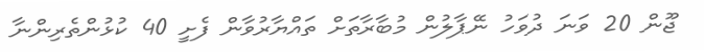
ޖޫން 20 ވަނަ ދުވަހު ނޭޕާލުން މުބާރާތަށް ތައްޔާރުވާން ފެށީ 40 ކުޅުންތެރިންނާ